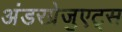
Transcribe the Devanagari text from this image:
अंडरग्रेजुएट्स